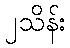
၂သိန်း